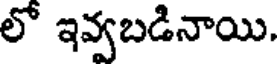
లో ఇవ్వబడినాయి.